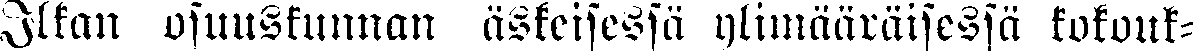
Ilkan osuuskunnan äskeisessä ylimääräisessä kokouk-